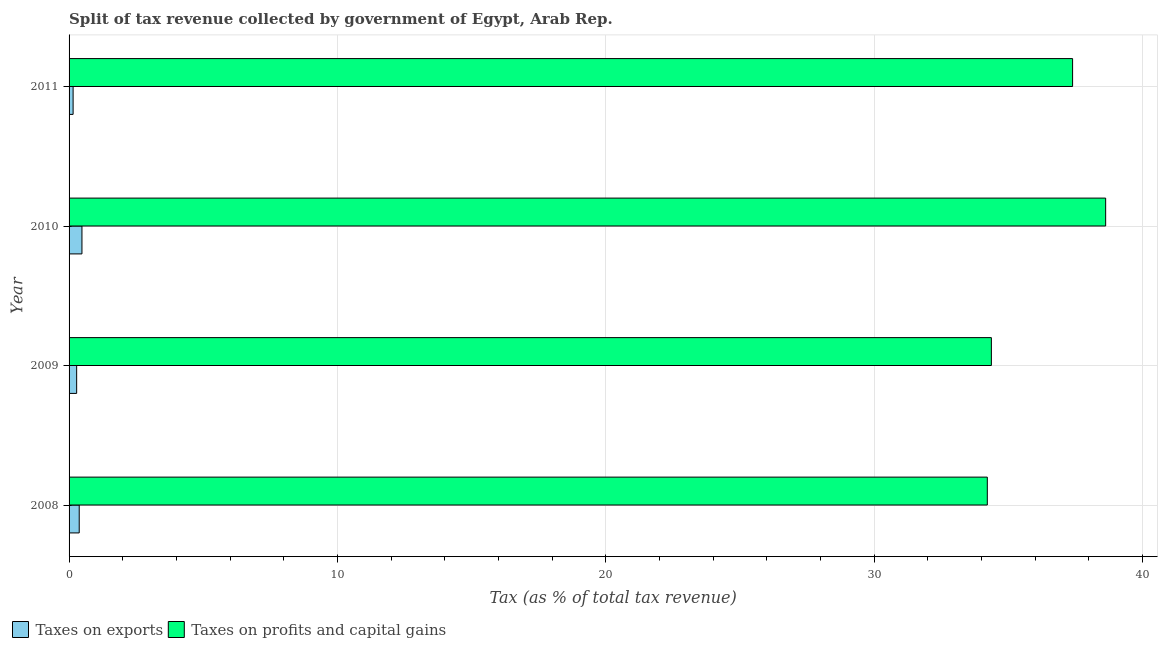
| Year | Taxes on exports | Taxes on profits and capital gains |
 | --- | --- | --- |
 | 2008 | 0.378 | 34.2 |
 | 2009 | 0.282 | 34.4 |
 | 2010 | 0.48 | 38.6 |
 | 2011 | 0.151 | 37.4 |